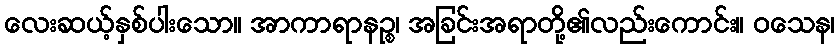
လေးဆယ့်နှစ်ပါးသော။ အာကာရာနဉ္စ၊ အခြင်းအရာတို့၏လည်းကောင်း။ ဝသေန၊